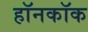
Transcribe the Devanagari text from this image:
हॉनकॉक